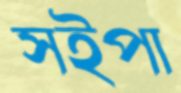
সইপা